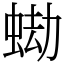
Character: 蜐